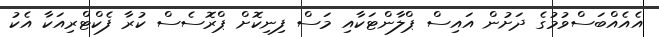
އެއެއްބަސްވުމުގެ ދަށުން އައިސް ޕްލާންޓަކާއި މަސް ފިނިކޮށް ޕްރޮސެސް ކުރާ ފެކްޓްރިއަކާ އެކު